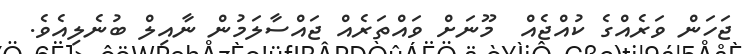
ޖަހަން ވަރެއްގެ ކުއްޖެއް  މޫނަށް ވައްތަރެއް ޖައްސާލަމުން ނާއިލް ބުނެލިއެވެ.